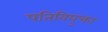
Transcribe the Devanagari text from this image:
पतिवियुक्ता